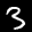
Label: 3